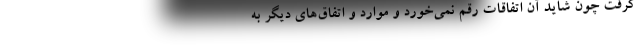
گرفت چون شاید آن اتفاقات رقم نمی‌خورد و موارد و اتفاق‌های دیگر به